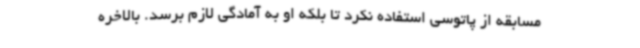
مسابقه از پاتوسی استفاده نکرد تا بلکه او به آمادگی لازم برسد. بالاخره